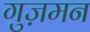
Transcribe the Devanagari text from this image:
गुज़मन